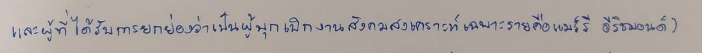
และผู้ที่ได้รับการยกย่องว่าเป็นผู้บุกเบิกงานสังคมสงเคราะห์เฉพาะรายคือแมร์รี อี ริชมอนด์)